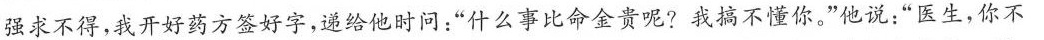
强求不得，我开好药方签好字，递给他时问：”什么事比命金贵呢?我搞不懂你。”他说：”医生，你不